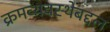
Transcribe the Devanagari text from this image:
क्रमव्यवस्थेबद्दल